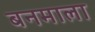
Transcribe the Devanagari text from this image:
बनमाला